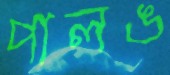
পালঙ